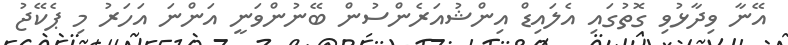
އޭނާ ވިދާޅުވި ގޮތުގައި އެލައިޑް އިންޝުއަރެންސުން ބޭނުންވަނީ އަންނަ އަހަރު މި ޕެކޭޖު